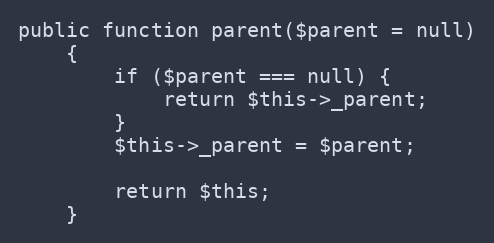
Language: PHP
public function parent($parent = null)
    {
        if ($parent === null) {
            return $this->_parent;
        }
        $this->_parent = $parent;

        return $this;
    }